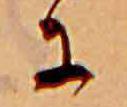
に